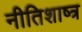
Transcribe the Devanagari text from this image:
नीतिशाष्त्र